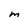
Character: M